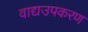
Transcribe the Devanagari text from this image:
वाद्यउपकरण